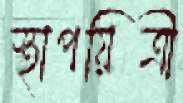
স্থাপয়িত্রী